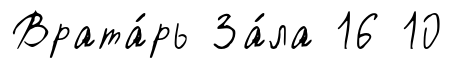
Врата́рь За́ла 16 10